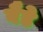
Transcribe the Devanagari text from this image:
बैडे